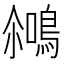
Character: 𪂘